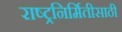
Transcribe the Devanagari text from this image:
राष्ट्रनिर्मितीसाठी